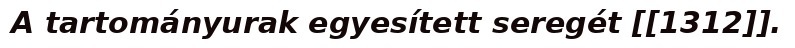
A tartományurak egyesített seregét [[1312]].